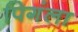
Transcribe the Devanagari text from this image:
पिगंला